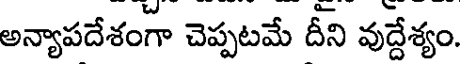
అన్యాపదేశంగా చెప్పటమే దీని వుద్దేశ్యం.